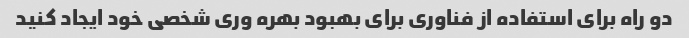
دو راه برای استفاده از فناوری برای بهبود بهره وری شخصی خود ایجاد کنید